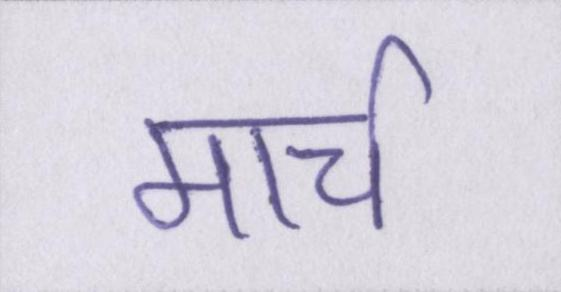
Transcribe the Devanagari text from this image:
मार्च